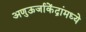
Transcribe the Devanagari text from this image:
अणुऊर्जाकेंद्रांमध्ये